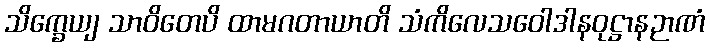
သိက္ခေယျ သာဝိတေပိ ထာမဂတာယာတိ သံကိလေသဝေါဒါနဝုဋ္ဌာနဉာဏံ